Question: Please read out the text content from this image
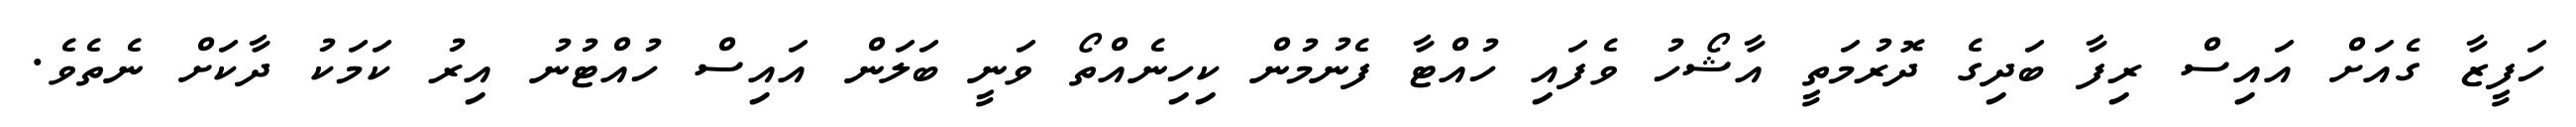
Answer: ހަފީޒާ ގެއަށް އައިސް ރިފާ ބަދިގެ ދޮރުމަތީ އާޝޯހު ވެފައި ހުއްޓާ ފެނުމުން ކިހިނެއްތޯ ވަނީ ބަލަން އައިސް ހުއްޓުނު އިރު ކަމަކު ދާކަށް ނެތެވެ.